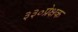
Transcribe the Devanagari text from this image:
३३०प्रेक्षक